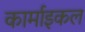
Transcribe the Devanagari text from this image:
कार्माइकल